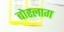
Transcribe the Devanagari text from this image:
बोरलाग